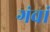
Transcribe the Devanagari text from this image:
गंवां